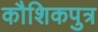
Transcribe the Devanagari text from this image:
कौशिकपुत्र